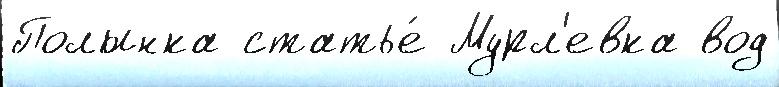
Полынка статье́ Мурл'евка вод